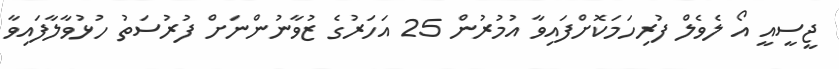
ޖީސީއީ އޯ ލެވެލް ފުރިހަމަކޮށްފައިވާ އުމުރުން 25 އަހަރުގެ ޒުވާނުންނަށް ފުރުސަތު ހުޅުވާލާފައިވާ